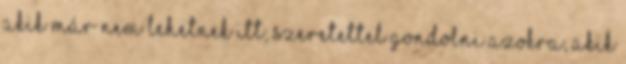
akik már nem lehetnek itt, szeretettel gondolni azokra, akik